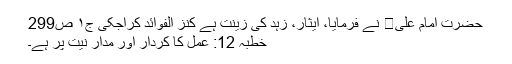
حضرت امام علی نے فرمایا، ایثار، زہد کی زینت ہے کنز الفوائد کراجکی ج۱ ص299
خطبہ 12: عمل کا کردار اور مدار نیت پر ہے۔